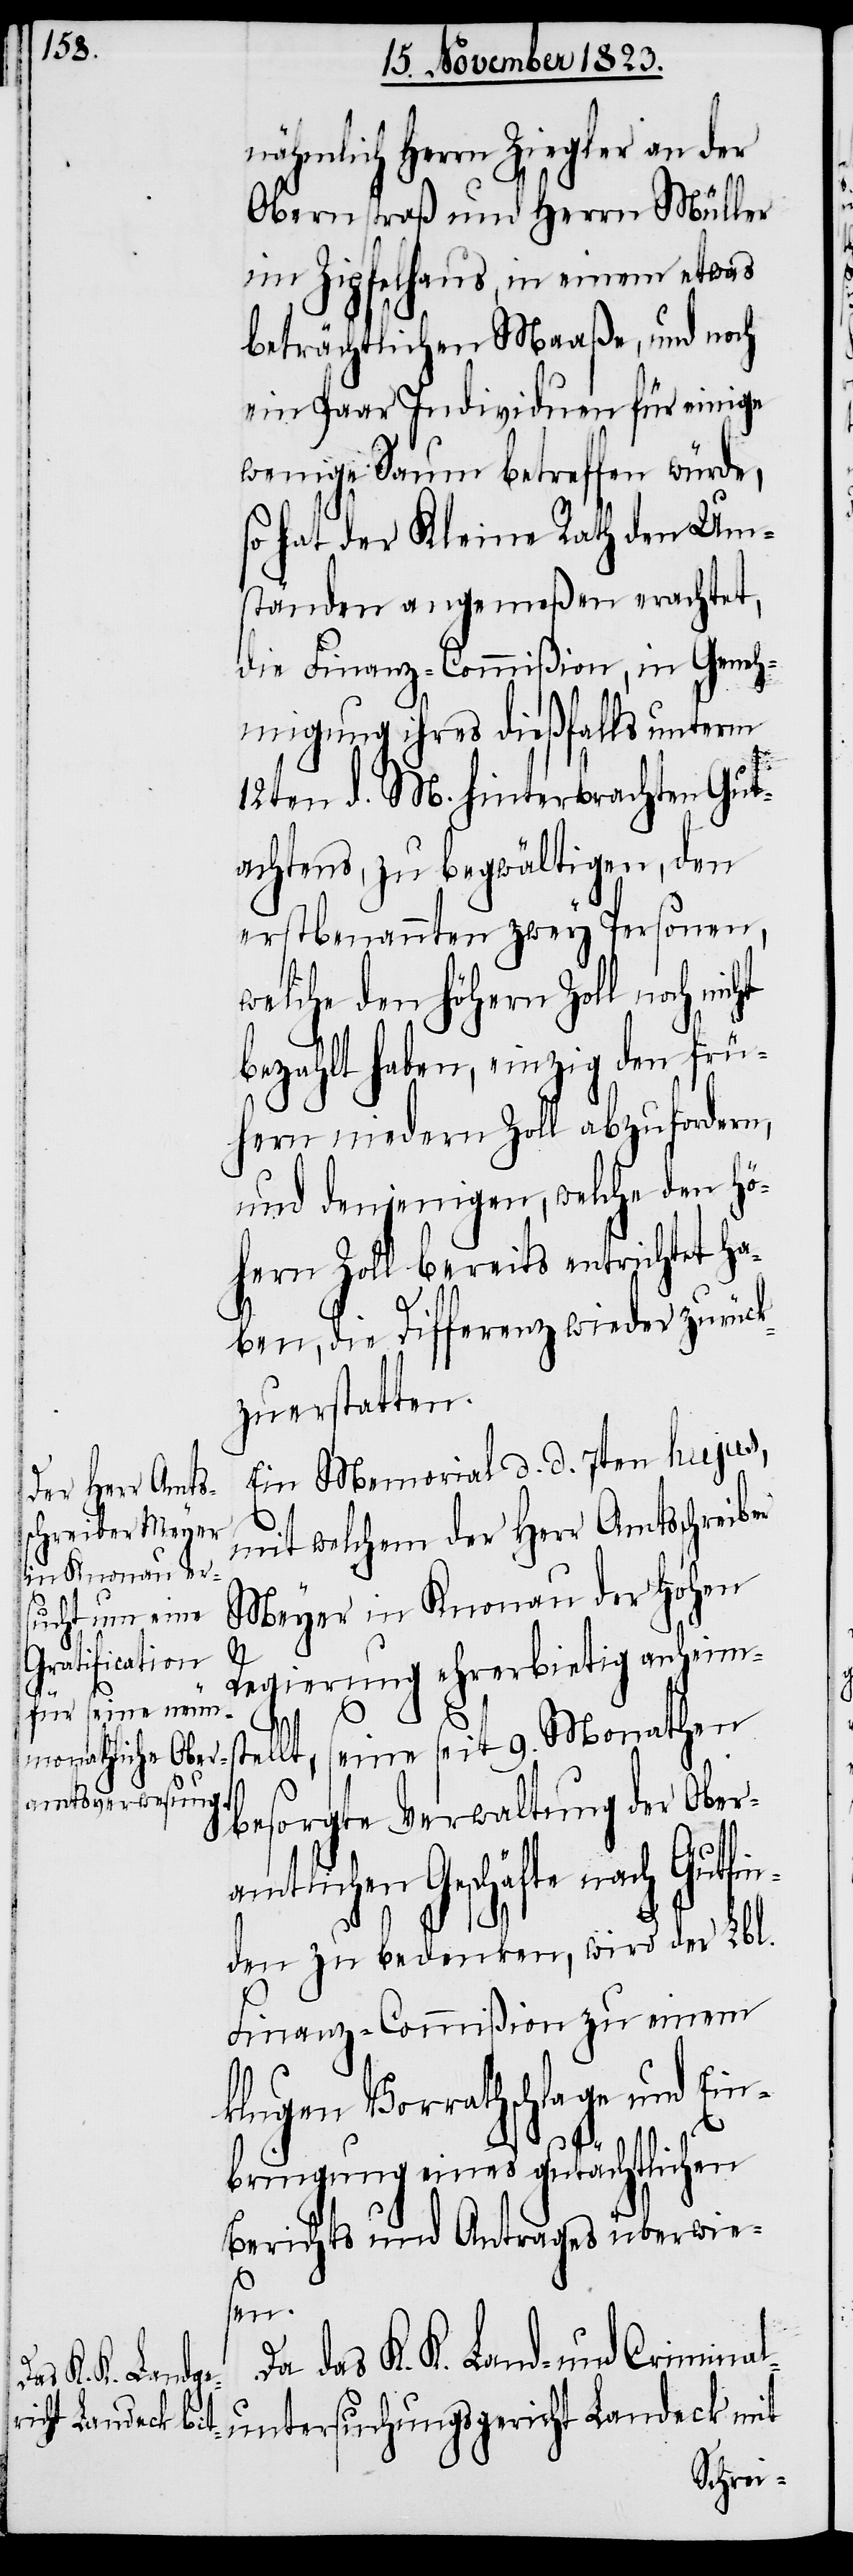
nähmlich Herrn Ziegler an der
Obernstraß und Herrn Müller
im Zipfelhaus, in einem etwas
beträchtlichen Maaße, und noch
ein Paar Individuen für einige
wenige Saum betreffen würde,
so hat der Kleine Rath den Um¬
ständen angemeßen erachtet,
die Finanz-Commißion, in Geneh¬
migung ihres dießfalls unterm
12ten d. M. hinterbrachten Gut¬
achtens, zu begwältigen, den
erstbenannten zwey Personen,
welche den höhern Zoll noch nicht
bezahlt haben, einzig den frü¬
hern niedern Zoll abzufordern,
und denjenigen, welche den hö¬
hern Zoll bereits entrichtet ha¬
ben, die Differenz wieder zurück¬
zuerstatten.
Ein Memorial d. d. 7ten hujus,
mit welchem der Herr Amtsschreiber
Meyer in Knonau der hohen
9.
Regierung ehrerbietig anheim¬
in¬
besorgte Verwaltung der Obera¬
mtlichen Geschäfte nach Gutf¬
den zu bedenken, wird der Lbl.
Finanz-Commißion zu einem
klugen Vorrathschlage und Ein¬
bringung eines gutächtlichen
Berichts und Antrages überwie¬
sen.
Da das K. K. Land- und Criminal¬
untersuchungsgericht Landeck mit